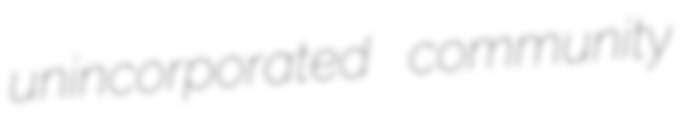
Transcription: unincorporated community